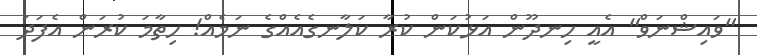
"ވައިޝްނަވް" އެއީ ހިނދޫން އަޅުކަން ކުރާ ކަލާނގެއެއްގެ ނަމެއް! ހިތާމަ ކުރަން އެފަދަ